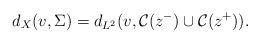
LaTeX: \begin{align*}d_X({v},\Sigma)=d_{L^2}({v},\mathcal{C}(z^-)\cup\mathcal{C}(z^+)).\end{align*}